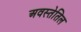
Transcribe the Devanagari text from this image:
अवस्तेतिल